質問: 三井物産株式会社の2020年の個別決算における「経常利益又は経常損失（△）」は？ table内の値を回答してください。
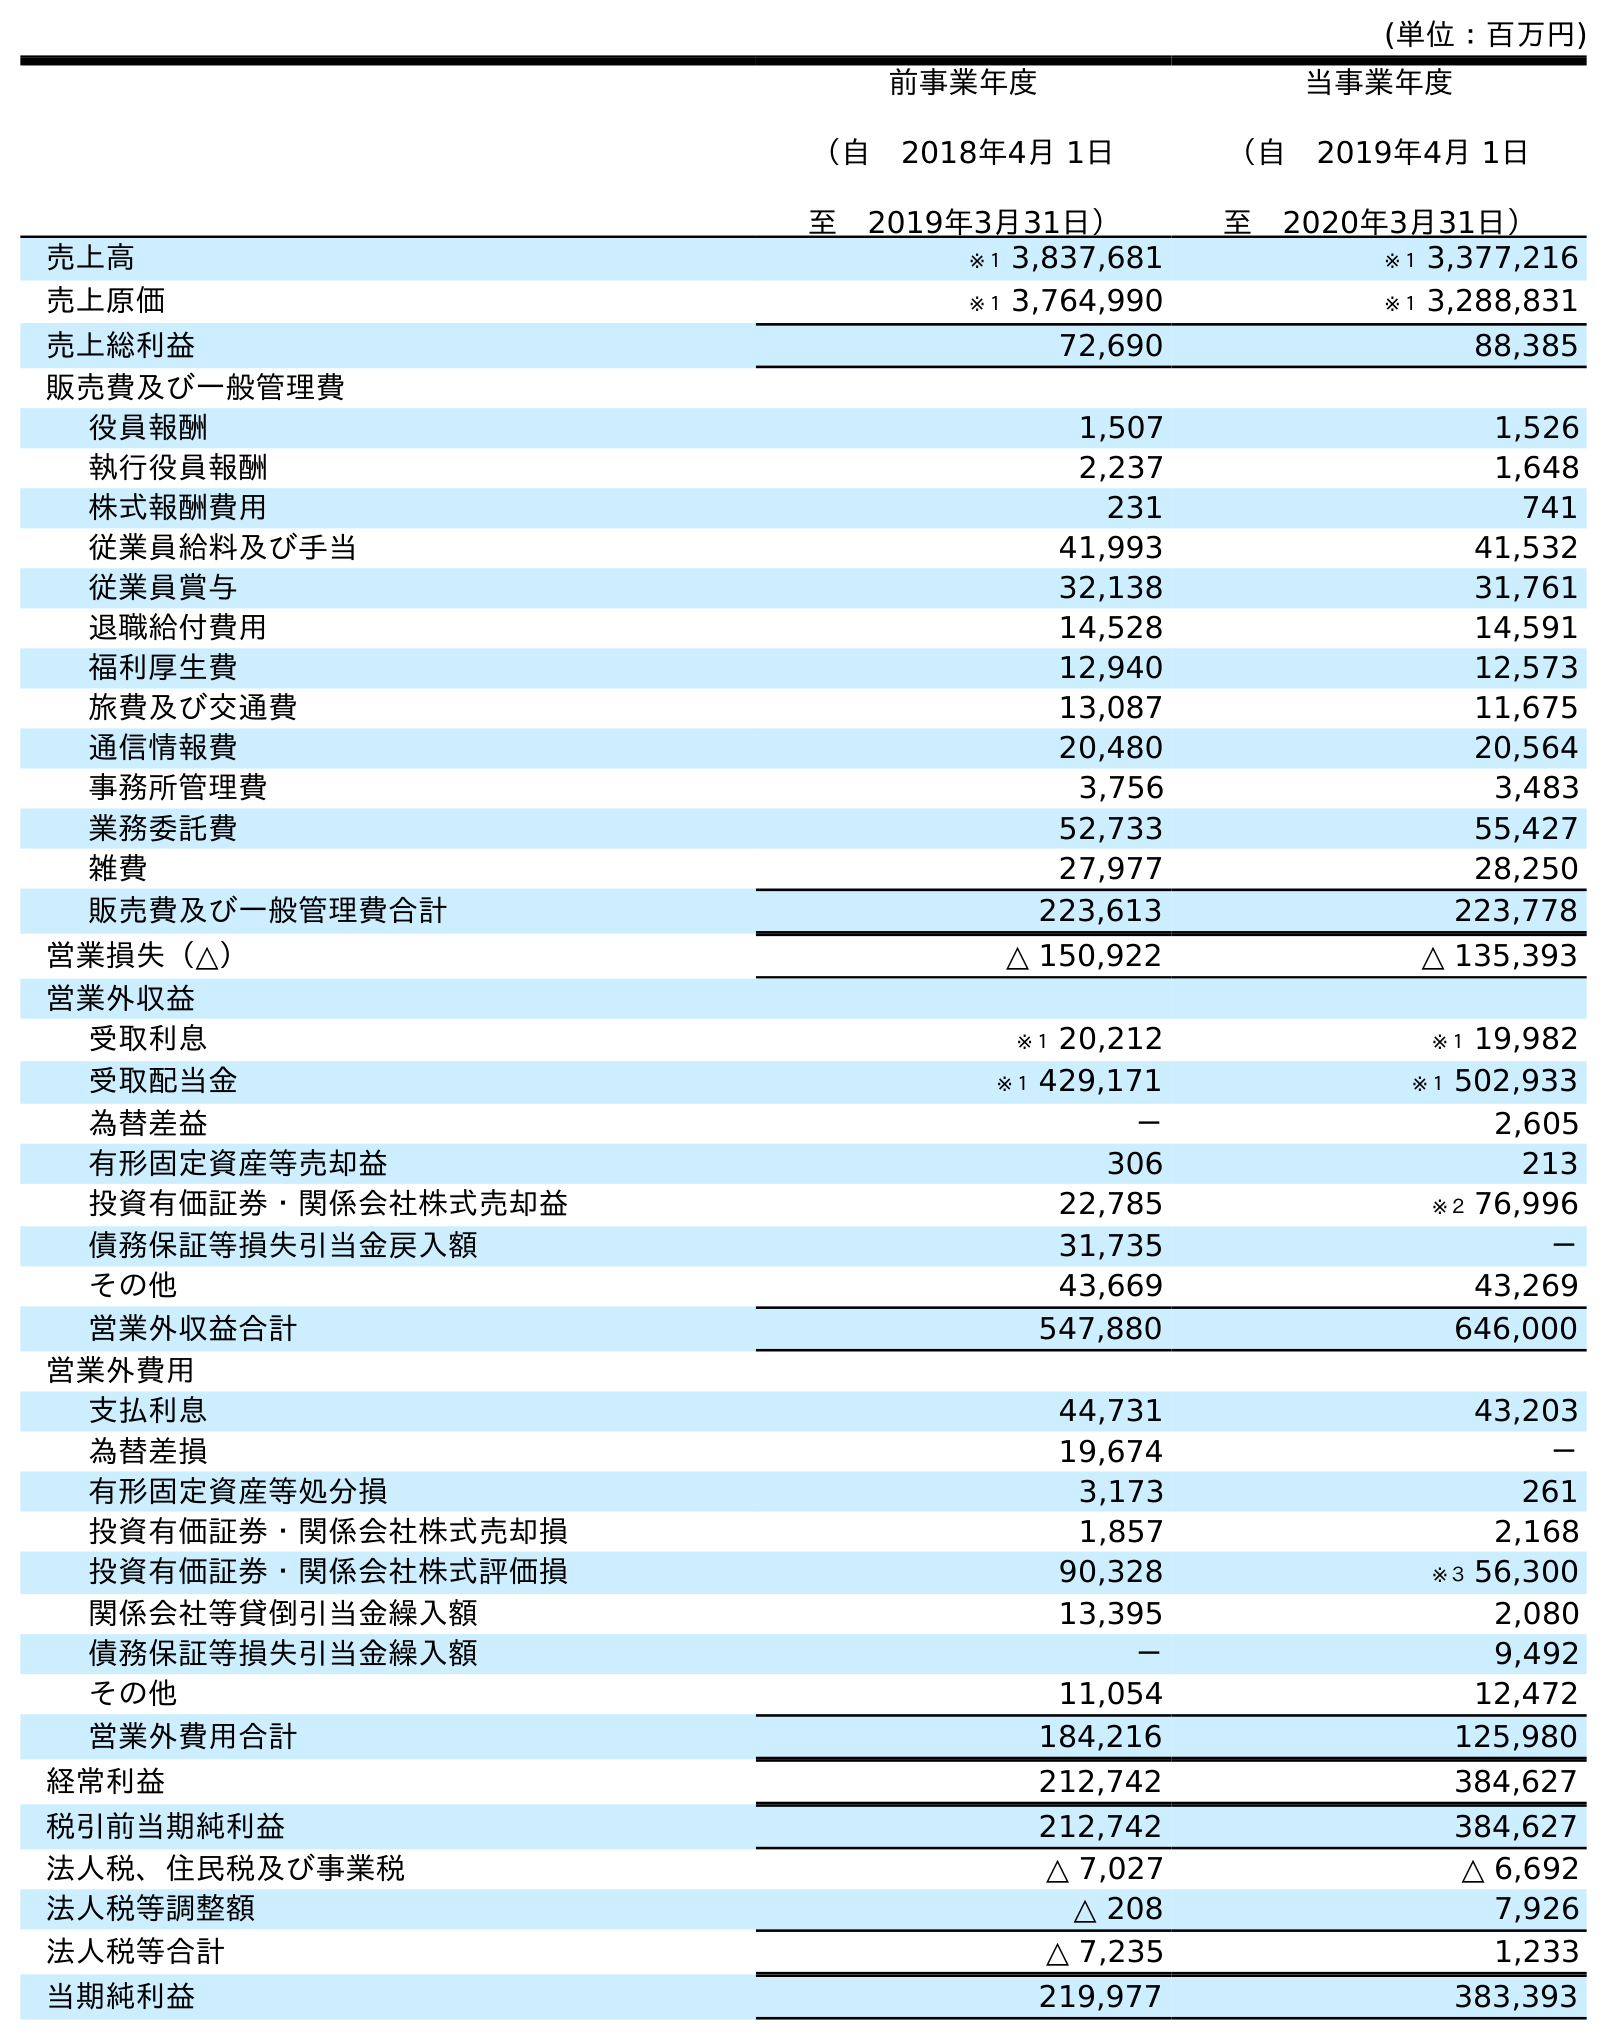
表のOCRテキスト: (単位：百万円) 前事業年度 （自 2018年4月 1日 至 2019年3月31日） 当事業年度 （自 2019年4月 1日 至 2020年3月31日） 売上高 ※１ 3,837,681 ※１ 3,377,216 売上原価 ※１ 3,764,990 ※１ 3,288,831 売上総利益 72,690 88,385 販売費及び一般管理費 役員報酬 1,507 1,526 執行役員報酬 2,237 1,648 株式報酬費用 231 741 従業員給料及び手当 41,993 41,532 従業員賞与 32,138 31,761 退職給付費用 14,528 14,591 福利厚生費 12,940 12,573 旅費及び交通費 13,087 11,675 通信情報費 20,480 20,564 事務所管理費 3,756 3,483 業務委託費 52,733 55,427 雑費 27,977 28,250 販売費及び一般管理費合計 223,613 223,778 営業損失（△） △ 150,922 △ 135,393 営業外収益 受取利息 ※１ 20,212 ※１ 19,982 受取配当金 ※１ 429,171 ※１ 502,933 為替差益 － 2,605 有形固定資産等売却益 306 213 投資有価証券・関係会社株式売却益 22,785 ※２ 76,996 債務保証等損失引当金戻入額 31,735 － その他 43,669 43,269 営業外収益合計 547,880 646,000 営業外費用 支払利息 44,731 43,203 為替差損 19,674 － 有形固定資産等処分損 3,173 261 投資有価証券・関係会社株式売却損 1,857 2,168 投資有価証券・関係会社株式評価損 90,328 ※３ 56,300 関係会社等貸倒引当金繰入額 13,395 2,080 債務保証等損失引当金繰入額 － 9,492 その他 11,054 12,472 営業外費用合計 184,216 125,980 経常利益 212,742 384,627 税引前当期純利益 212,742 384,627 法人税、住民税及び事業税 △ 7,027 △ 6,692 法人税等調整額 △ 208 7,926 法人税等合計 △ 7,235 1,233 当期純利益 219,977 383,393
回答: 384,627